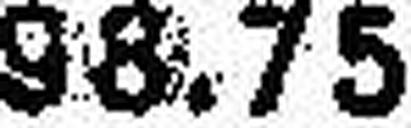
98.75